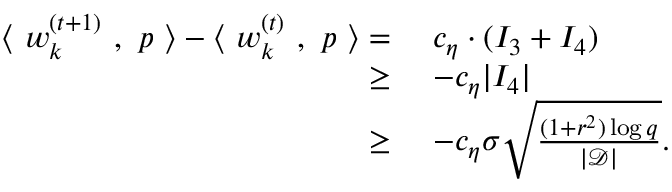
\begin{array} { r l } { \langle ~ { \boldsymbol w } _ { k } ^ { ( t + 1 ) } ~ , ~ { \boldsymbol p } ~ \rangle - \langle ~ { \boldsymbol w } _ { k } ^ { ( t ) } ~ , ~ { \boldsymbol p } ~ \rangle = } & { ~ c _ { \eta } \cdot ( I _ { 3 } + I _ { 4 } ) } \\ { \ge } & { ~ - c _ { \eta } | I _ { 4 } | } \\ { \ge } & { ~ - c _ { \eta } \sigma \sqrt { \frac { ( 1 + r ^ { 2 } ) \log q } { | \mathcal { D } | } } . } \end{array}